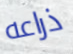
ذراعه